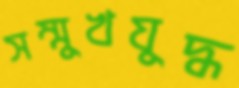
সম্মুখযুদ্ধ